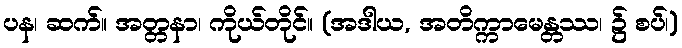
ပန၊ ဆက်။ အတ္တနာ၊ ကိုယ်တိုင်။ (အဒါယ, အတိက္ကာမေန္တဿ၊ ၌ စပ်၊)